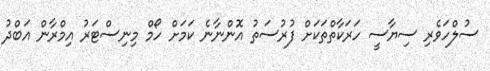
ސުލްހަވެރި ސިޔާސީ ހަރަކާތްތަކަށް ފުރުސަތު އޮންނާނެ ކަމަށް ހޯމް މިނިސްޓަރު އިމްރާން އަބްދު